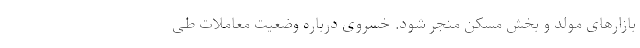
بازارهای مولد و بخش مسکن منجر شود. خسروی درباره وضعیت معاملات طی